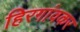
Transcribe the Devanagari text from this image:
हिरगांवकर